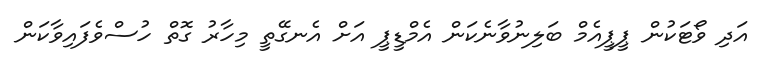
އަދި ވޯޓަކުން ޕީޕީއެމް ބަލިނުވާނެކަން އެމްޑީޕީ އަށް އެނގޭތީ މިހާރު ގޮތް ހުސްވެފައިވާކަން